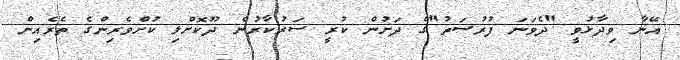
އޭނާ ވިދާޅުވީ "ދެވަނަ ފުރުސަތު"ގެ ދަށުން ކުރީ ސަރުކާރުން ދޫކޮށްލި ކުށްވެރިންގެ ތެރެއިން